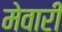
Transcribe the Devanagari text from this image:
मेवारी